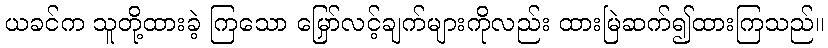
ယခင်က သူတို့ထားခဲ့ ကြသော မြှော်လင့်ချက်များကိုလည်း ထားမြဲဆက်၍ထားကြသည်။